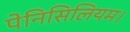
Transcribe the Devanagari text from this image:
पेनिसिलियम।